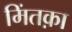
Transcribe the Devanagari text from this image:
मिंतक़ा